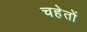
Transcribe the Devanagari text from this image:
चहेतों